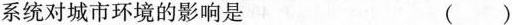
系统对城市环境的影响是 ( )